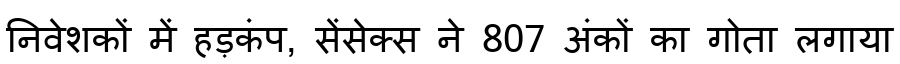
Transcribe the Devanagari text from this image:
निवेशकों में हड़कंप, सेंसेक्स ने 807 अंकों का गोता लगाया